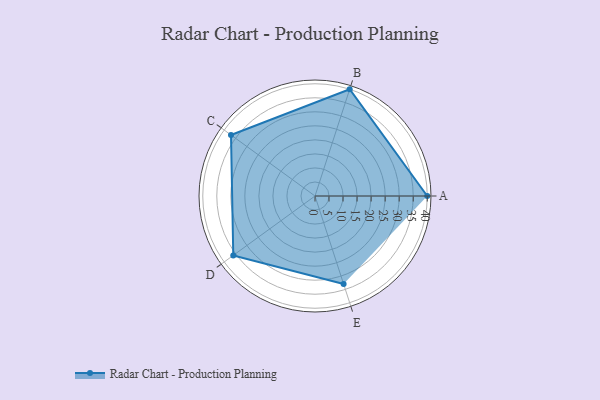
{"axis": {"x": "Skill", "y": "Score"}, "legend": ["Profile"], "data": [{"x": "A", "y": 40.0, "type": "Profile"}, {"x": "B", "y": 40.0, "type": "Profile"}, {"x": "C", "y": 37.0, "type": "Profile"}, {"x": "D", "y": 36.0, "type": "Profile"}, {"x": "E", "y": 33.0, "type": "Profile"}]}